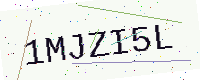
Text: 1MJZI5L